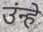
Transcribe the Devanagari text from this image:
उंन्हें